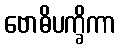
ဗောဓိပက္ခိကာ